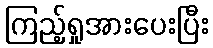
ကြည့်ရှုအားပေးပြီး